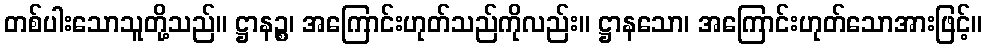
တစ်ပါးသောသူတို့သည်။ ဋ္ဌာနဉ္စ၊ အကြောင်းဟုတ်သည်ကိုလည်း။ ဋ္ဌာနသော၊ အကြောင်းဟုတ်သောအားဖြင့်။